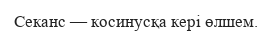
Секанс — косинусқа кері өлшем.